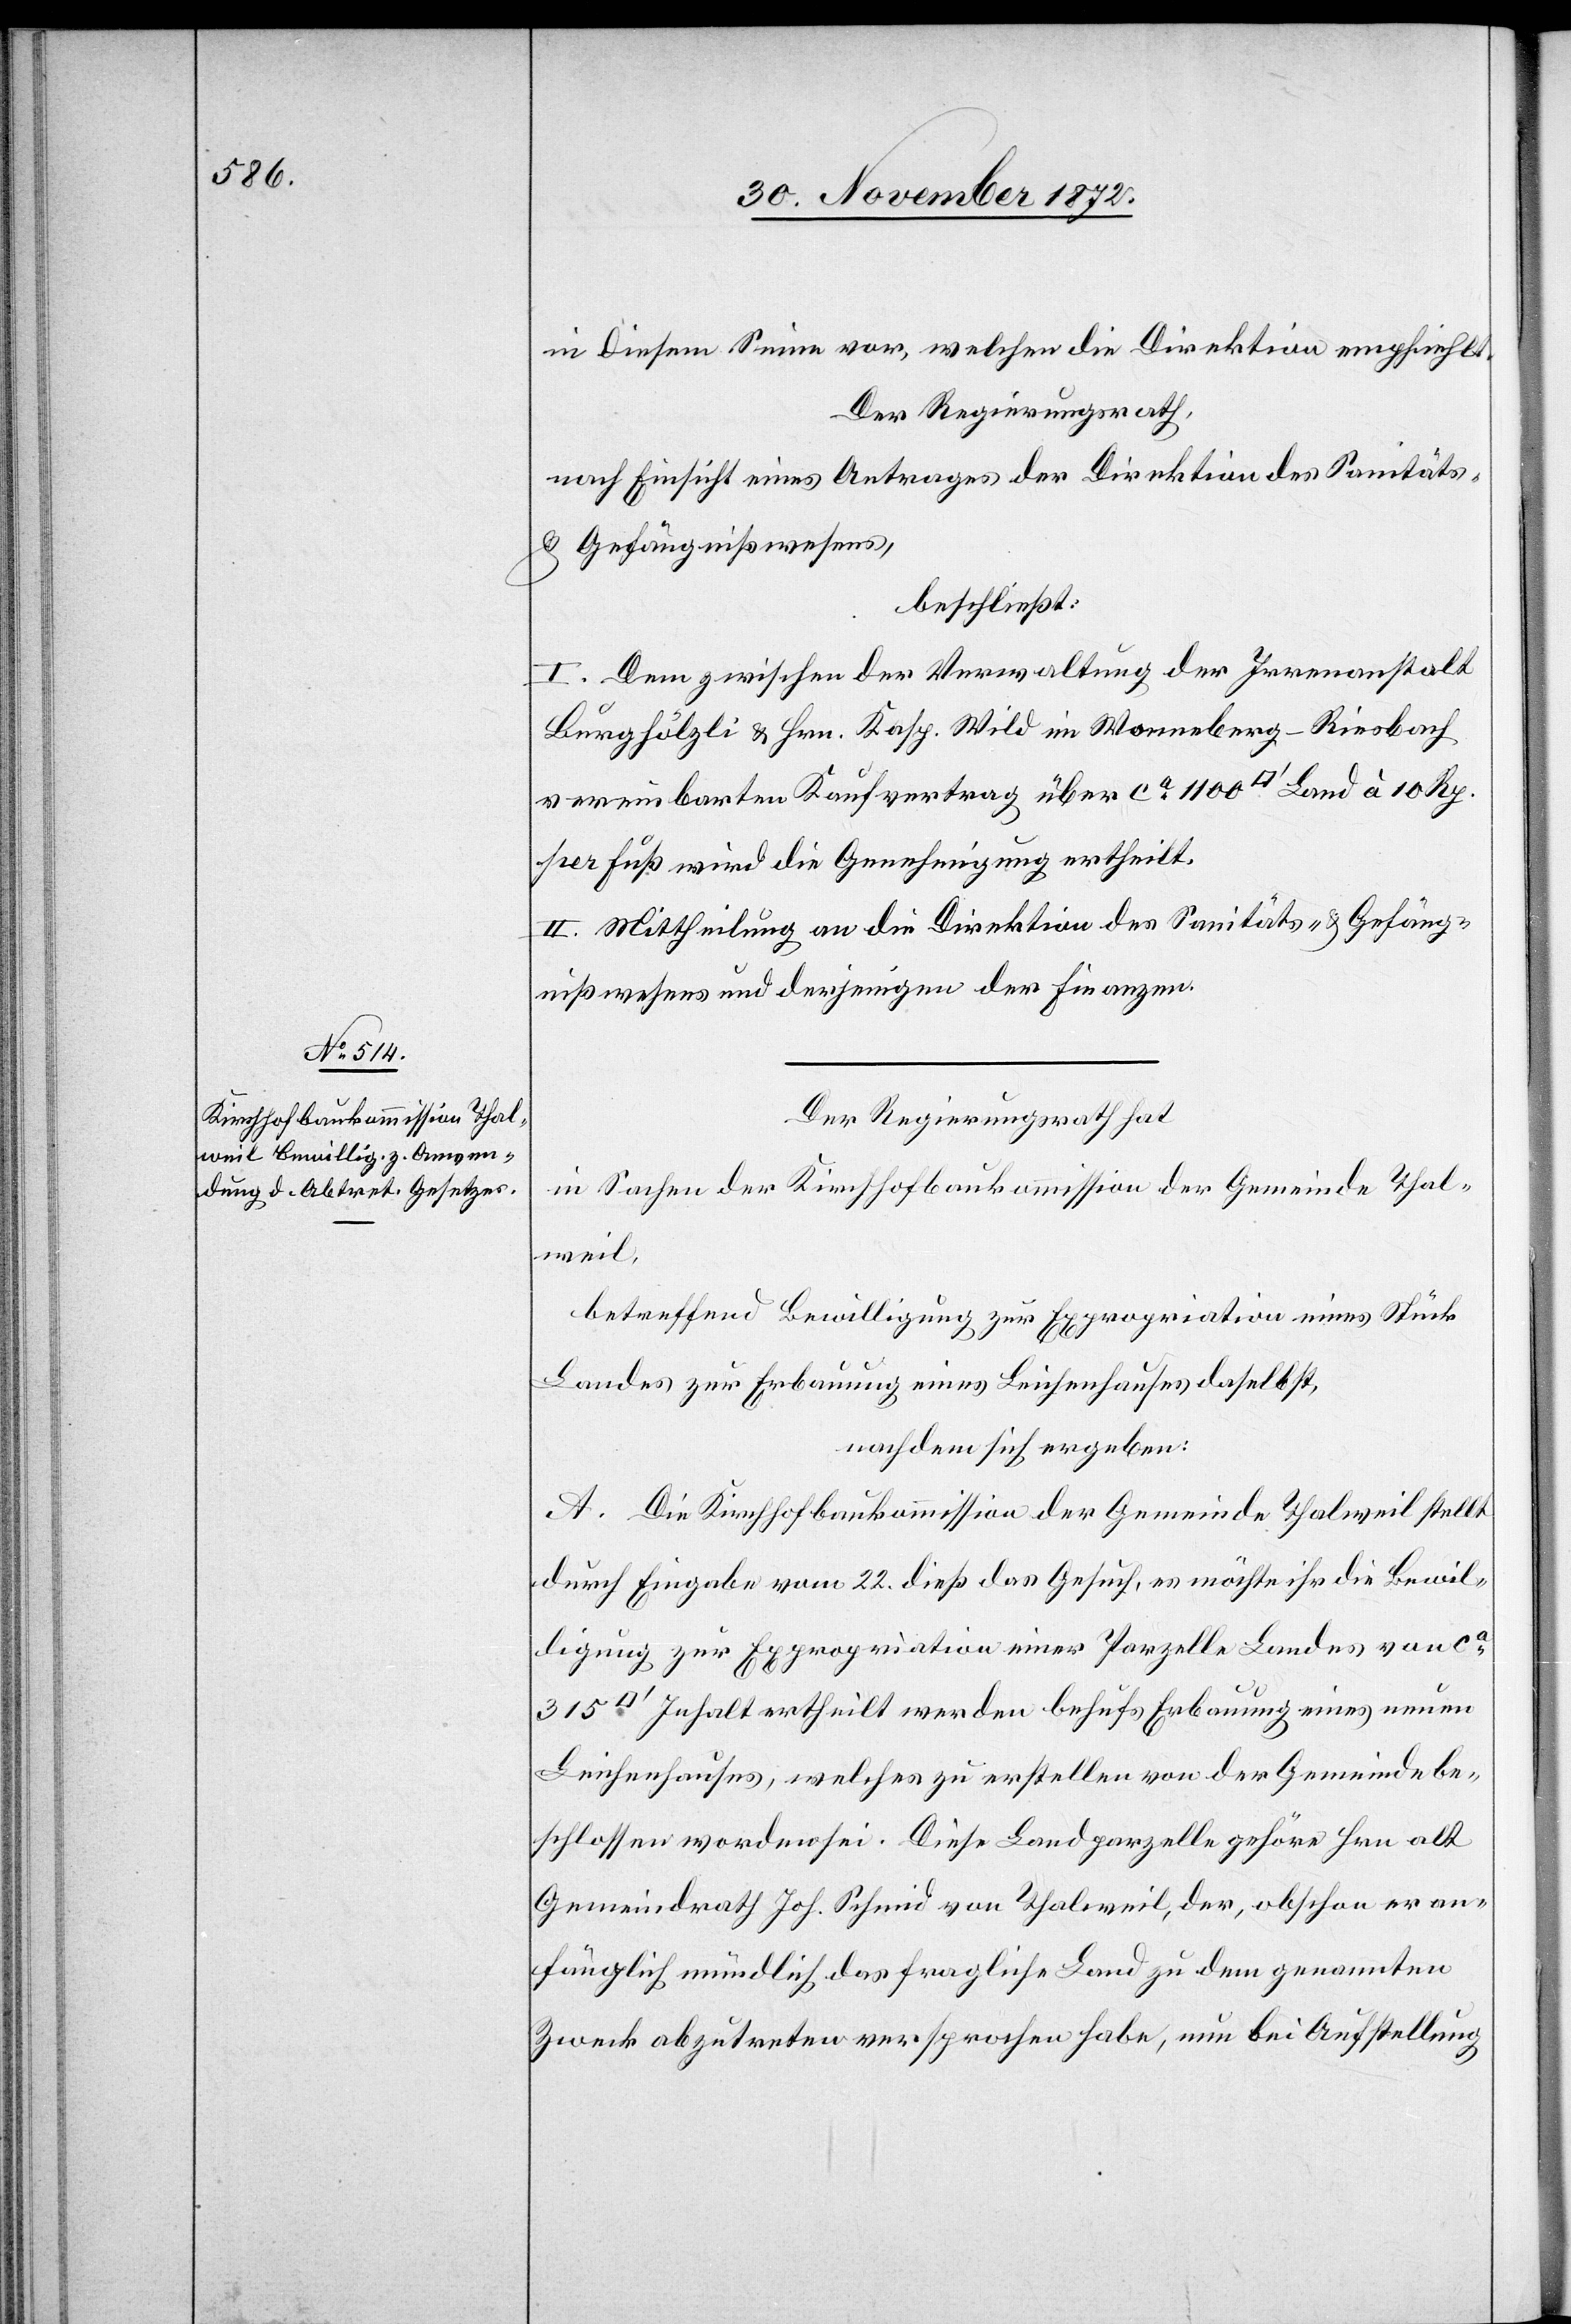
in diesem Sinne vor, welchen die Direktion empfiehlt.
Der Regierungsrath,
nach Einsicht eines Antrages der Direktion des Sanitäts-
u. Gefängnißwesens,
beschließt:
I. Dem zwischen der Verwaltung der Irrenanstalt
Burghölzli u. Hrn. Wild im Wonneberg-Riesbach
vereinbarten Kaufvertrag über ca 1 100 [Quadratfuss] Land à 10 Rp.
per Fuß wird die Genehmigung ertheilt.
II. Mittheilung an die Direktion des Sanitäts- u. Gefäng¬
nißwesens und derjenigen der Finanzen.
Der Regierungsrath hat
in Sachen der Kirchhofbaukommission der Gemeinde Thal¬
weil,
betreffend Bewilligung zur Expropriation eines Stück
Landes zur Erbauung eines Leichenhauses daselbst,
nachdem sich ergeben:
A. Die Kirchhofbaukommission der Gemeinde Thalweil stellt
durch Eingabe vom 22. dieß das Gesuch, es möchte ihr die Bewil¬
ligung zur Expropriation einer Parzelle Landes von ca
Inhalt ertheilt werden behufs Erbauung eines neuen
Leichenhauses, welches zu erstellen von der Gemeinde be¬
schlossen worden sei. Diese Landparzelle gehöre Hrn. alt
Gemeindrath Joh. Schmid von Thalweil, der, obschon er an¬
fänglich mündlich das fragliche Land zu dem genannten
Zweck abzutreten versprochen habe, nun bei Aufstellung